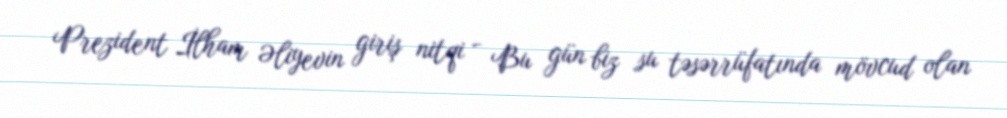
Prezident İlham Əliyevin giriş nitqi - Bu gün biz su təsərrüfatında mövcud olan